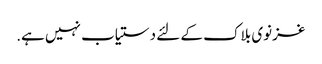
غزنوی بلاک کے لئے دستیاب نہیں ہے.